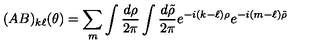
( A B ) _ { k \ell } ( \theta ) = \sum _ { m } \int { \frac { d \rho } { 2 \pi } } \int { \frac { d \tilde { \rho } } { 2 \pi } } e ^ { - i ( k - \ell ) \rho } e ^ { - i ( m - \ell ) \tilde { \rho } }